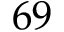
^ Ḋ 6 9 Ḍ